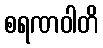
စရဏဝါတိ